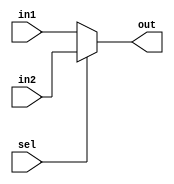
module mux #(parameter length=32 )(
input [length-1:0]in1,in2,
input sel,
output [length-1:0]out 
);

assign out=(sel)? in2:in1;
endmodule